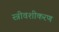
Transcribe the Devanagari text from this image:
स्त्रीवशीकरण